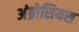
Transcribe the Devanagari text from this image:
अंब्रोसियस